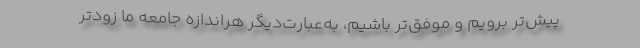
پیش‌تر برویم و موفق‌تر باشیم، به‌عبارت‌دیگر هراندازه جامعه ما زودتر